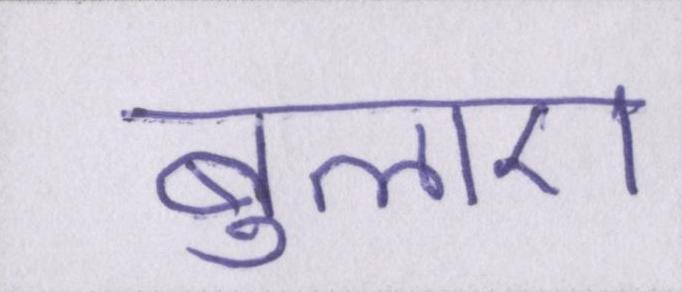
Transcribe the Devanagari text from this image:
बुलाए